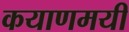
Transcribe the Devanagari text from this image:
कयाणमयी